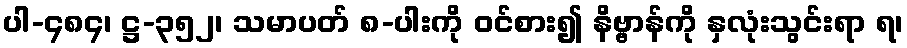
ပါ-၄၈၄၊ ဋ္ဌ-၃၅၂၊ သမာပတ် ၈-ပါးကို ဝင်စား၍ နိဗ္ဗာန်ကို နှလုံးသွင်းရာ ရ၊